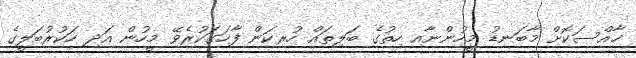
ޚާއްސަކޮށް މާބަނޑު މީހުންނާއި ހިތުގެ ބަލިތައް ހުރިކަން ފާހަގަކުރެވޭ މީހުން އަދި ހަކުރުބަލީގެ